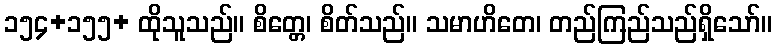
၁၅၄+၁၅၅+ ထိုသူသည်။ စိတ္တေ၊ စိတ်သည်။ သမာဟိတေ၊ တည်ကြည်သည်ရှိသော်။